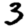
Digit: 3